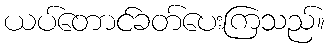
ယပ်တောင်ခတ်ပေးကြသည်။